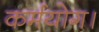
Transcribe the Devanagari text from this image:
कर्मयोग।